Problem: 38 + 35 = ?
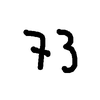
Handwritten answer: 73